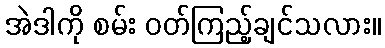
အဲဒါကို စမ်း ဝတ်ကြည့်ချင်သလား။